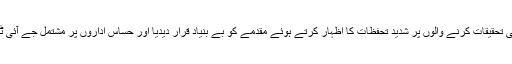
معطل ایس ایس پی نے کیس کی تحقیقات کرنے والوں پر شدید تحفظات کا اظہار کرتے ہوئے مقدمے کو بے بنیاد قرار دیدیا اور حساس اداروں پر مشتمل جے آئی ٹی بنانے کا بھی مطالبہ کر دیا۔